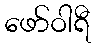
ဖော်ဝါရီ